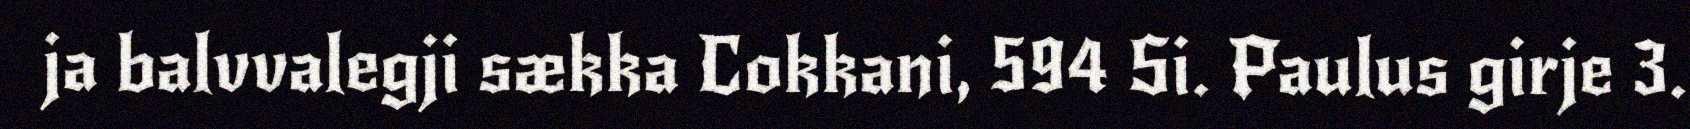
ja balvvalegji sækka Cokkani, 594 Si. Paulus girje 3.